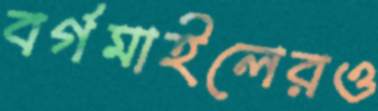
বর্গমাইলেরও